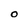
Character: 0